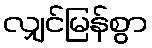
လျှင်မြန်စွာ